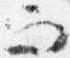
而